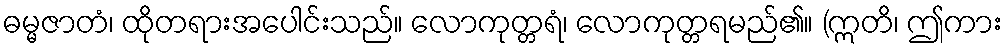
ဓမ္မဇာတံ၊ ထိုတရားအပေါင်းသည်။ လောကုတ္တရံ၊ လောကုတ္တရမည်၏။ (ဣတိ၊ ဤကား